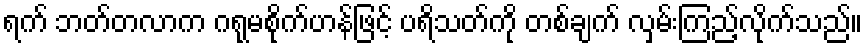
ရက် ဘတ်တလာက ဂရုမစိုက်ဟန်ဖြင့် ပရိသတ်ကို တစ်ချက် လှမ်းကြည့်လိုက်သည်။